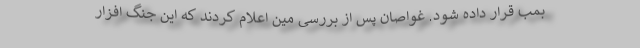
بمب قرار داده شود. غواصان پس از بررسی مین اعلام کردند که این جنگ افزار